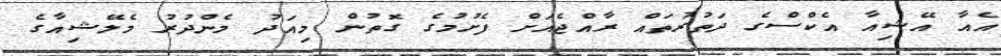
އެއާ އޭޝިއާ އެކްސްގެ ދަތުރުތައް ރާއްޖެއަށް ފެށުމުގެ ގޮތުން މިއަދު މެންދުރު މެލޭޝިއާގެ